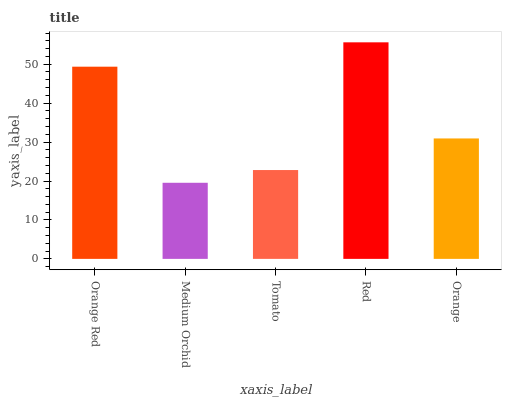
| xaxis_label | bars |
 | --- | --- |
 | Orange Red | 49.4 |
 | Medium Orchid | 19.5 |
 | Tomato | 22.8 |
 | Red | 55.6 |
 | Orange | 30.9 |